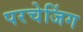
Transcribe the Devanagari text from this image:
परचेजिंग